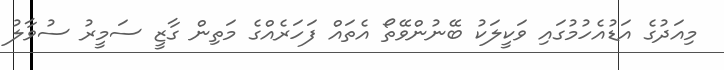
މިއަދުގެ އަޑުއެހުމުގައި ވަކީލަކު ބޭނުންވޭތޯ އެތައް ފަހަރެއްގެ މަތިން ގާޒީ ސަމީރު ސުވާލު